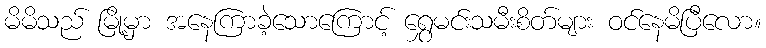
မိမိသည် မြို့မှာ အနေကြာခဲ့သောကြောင့် ရွှေမင်းသမီးစိတ်များ ဝင်နေမိပြီလော။